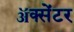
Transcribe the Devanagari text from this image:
ॲक्सेंटर